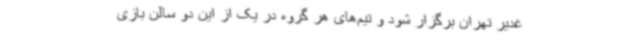
غدیر تهران برگزار شود و تیم‌های هر گروه در یک از این دو سالن بازی